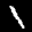
Label: 1